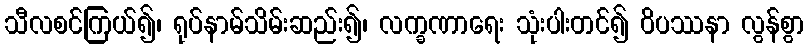
သီလစင်ကြယ်၍၊ ရုပ်နာမ်သိမ်းဆည်း၍၊ လက္ခဏာရေး သုံးပါးတင်၍ ဝိပဿနာ လွန်စွာ